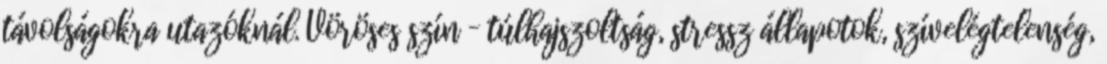
távolságokra utazóknál. Vöröses szín – túlhajszoltság, stressz állapotok, szívelégtelenség,